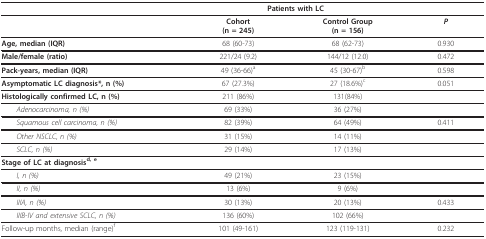
<table><thead><tr><td></td><td colspan="2"><b>Patients with LC</b></td><td></td></tr></thead><tbody><tr><td></td><td><b>Cohort</b><b>(n = 245)</b></td><td><b>Control Group</b><b>(n = 156)</b></td><td><b><i>P</i></b></td></tr><tr><td><b>Age, median (IQR)</b></td><td>68 (60-73)</td><td>68 (62-73)</td><td>0.930</td></tr><tr><td><b>Male/female (ratio)</b></td><td>221/24 (9.2)</td><td>144/12 (12.0)</td><td>0.472</td></tr><tr><td><b>Pack-years, median (IQR)</b></td><td>49 (36-66)<sup>a</sup></td><td>45 (30-67)<sup>b</sup></td><td>0.598</td></tr><tr><td><b>Asymptomatic LC diagnosis*, n (%)</b></td><td>67 (27.3%)</td><td>27 (18.6%)<sup>c</sup></td><td>0.051</td></tr><tr><td><b>Histologically confirmed LC, n (%)</b></td><td>211 (86%)</td><td>131(84%)</td><td></td></tr><tr><td> <i>Adenocarcinoma, n (%)</i></td><td>69 (33%)</td><td>36 (27%)</td><td></td></tr><tr><td> <i>Squamous cell carcinoma, n (%)</i></td><td>82 (39%)</td><td>64 (49%)</td><td>0.411</td></tr><tr><td> <i>Other NSCLC, n (%)</i></td><td>31 (15%)</td><td>14 (11%)</td><td></td></tr><tr><td> <i>SCLC, n (%)</i></td><td>29 (14%)</td><td>17 (13%)</td><td></td></tr><tr><td><b>Stage of LC at diagnosis<sup>d, e</sup></b></td><td></td><td></td><td></td></tr><tr><td> <i>I, n (%)</i></td><td>49 (21%)</td><td>23 (15%)</td><td></td></tr><tr><td> <i>II, n (%)</i></td><td>13 (6%)</td><td>9 (6%)</td><td></td></tr><tr><td> <i>IIIA, n (%)</i></td><td>30 (13%)</td><td>20 (13%)</td><td>0.433</td></tr><tr><td> <i>IIIB-IV and extensive SCLC, n (%)</i></td><td>136 (60%)</td><td>102 (66%)</td><td></td></tr><tr><td>Follow-up months, median (range)<sup>f</sup></td><td>101 (49-161)</td><td>123 (119-131)</td><td>0.232</td></tr></tbody></table>